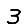
Digit: 3